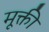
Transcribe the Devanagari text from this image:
मूक्ती